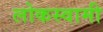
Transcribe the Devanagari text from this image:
लोकस्वामी